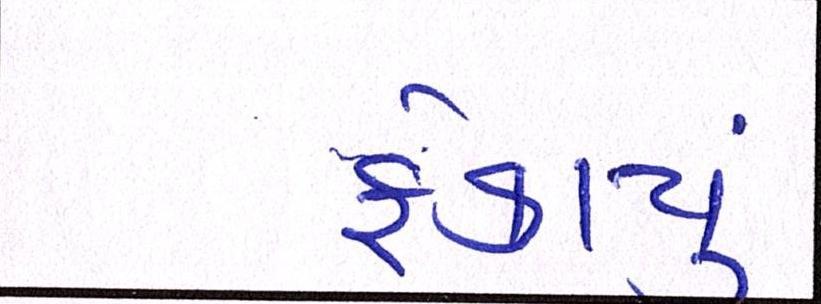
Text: ફેકાયું